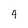
Character: 4